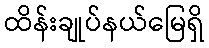
ထိန်းချုပ်နယ်မြေရှိ